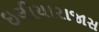
ઇલીયારાજાસ